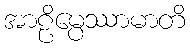
အာဠိမ္ပေဿာမာတိ